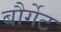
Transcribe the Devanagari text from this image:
बौर्गेट